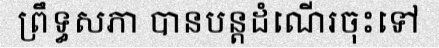
ព្រឹទ្ធសភា បានបន្តដំណើរចុះទៅ